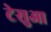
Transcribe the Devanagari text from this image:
टेसुआ